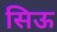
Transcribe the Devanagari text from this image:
सिऊ